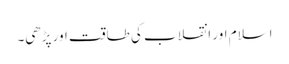
اسلام اور انقلاب کی طاقت اور پڑھی۔